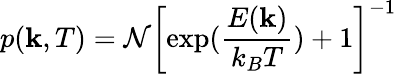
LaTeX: p(\mathbf{k},T)=\mathcal{N}\left[\exp(\frac{E(\mathbf{k})}{k_{B}T})+1\right]^{-1}